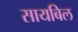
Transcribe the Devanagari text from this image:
सायबिल